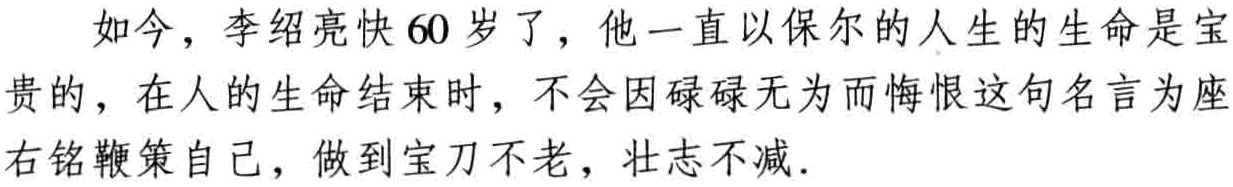
如今，李绍亮快60岁了，他一直以保尔的人生的生命是宝贵的，在人的生命结束时，不会因碌碌无为而悔恨这句名言为座右铭鞭策自己，做到宝刀不老，壮志不减.